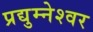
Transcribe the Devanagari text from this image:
प्रद्युम्नेश्वर